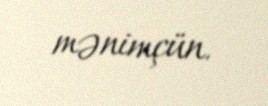
mənimçün.